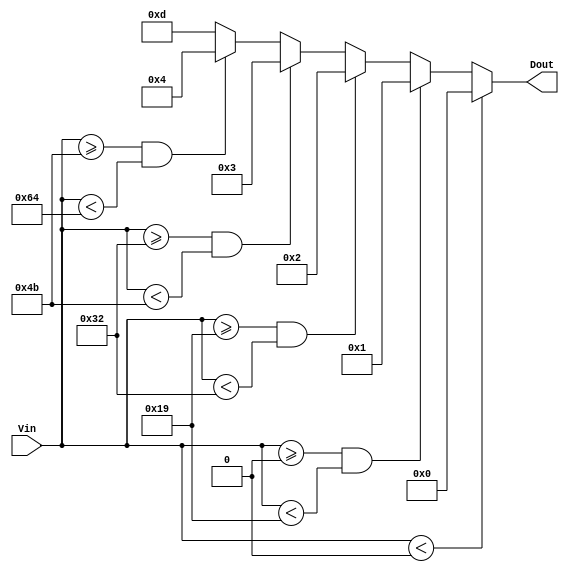
module thermal_encoder (
    input [7:0] Vin,      // 8-bit digital representation of the temperature
    output reg [3:0] Dout // 4-bit binary output representing temperature range
);

// Threshold definitions (in degrees Celsius)
parameter T0 = 8'd0;    // 0C
parameter T1 = 8'd25;   // 25C
parameter T2 = 8'd50;   // 50C
parameter T3 = 8'd75;   // 75C
parameter T4 = 8'd100;  // 100C

always @* begin
    // Default output for below range
    Dout = 4'b0000; // Default to 00 (below range)
    
    // Compare input temperature against thresholds
    if (Vin < T0) begin
        Dout = 4'b0000; // Below range
    end else if (Vin >= T0 && Vin < T1) begin
        Dout = 4'b0001; // 01
    end else if (Vin >= T1 && Vin < T2) begin
        Dout = 4'b0010; // 10
    end else if (Vin >= T2 && Vin < T3) begin
        Dout = 4'b0011; // 11
    end else if (Vin >= T3 && Vin < T4) begin
        Dout = 4'b0100; // 12
    end else begin
        Dout = 4'b1101; // 13 (Above range)
    end
end

endmodule